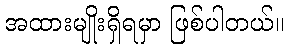
အထားမျိုးရှိရမှာ ဖြစ်ပါတယ်။